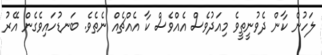
ލަހުން ކާން ދެވުނީތީވެ މިއަދުވެސް އެއްވެސް ކާ އެއްޗެއް ނެތެވެ. ބަނޑުހައިވެގެން އޭރު